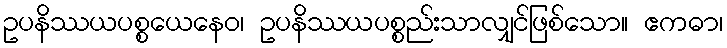
ဥပနိဿယပစ္စယေနေဝ၊ ဥပနိဿယပစ္စည်းသာလျှင်ဖြစ်သော။ ဧကဓာ၊